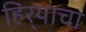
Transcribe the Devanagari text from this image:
हिर्‍याचा